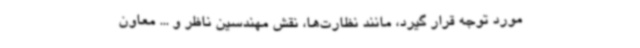
مورد توجه قرار گیرد، مانند نظارت‌ها، نقش مهندسین ناظر و ... معاون